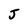
Character: J